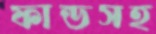
ফান্ডসহ